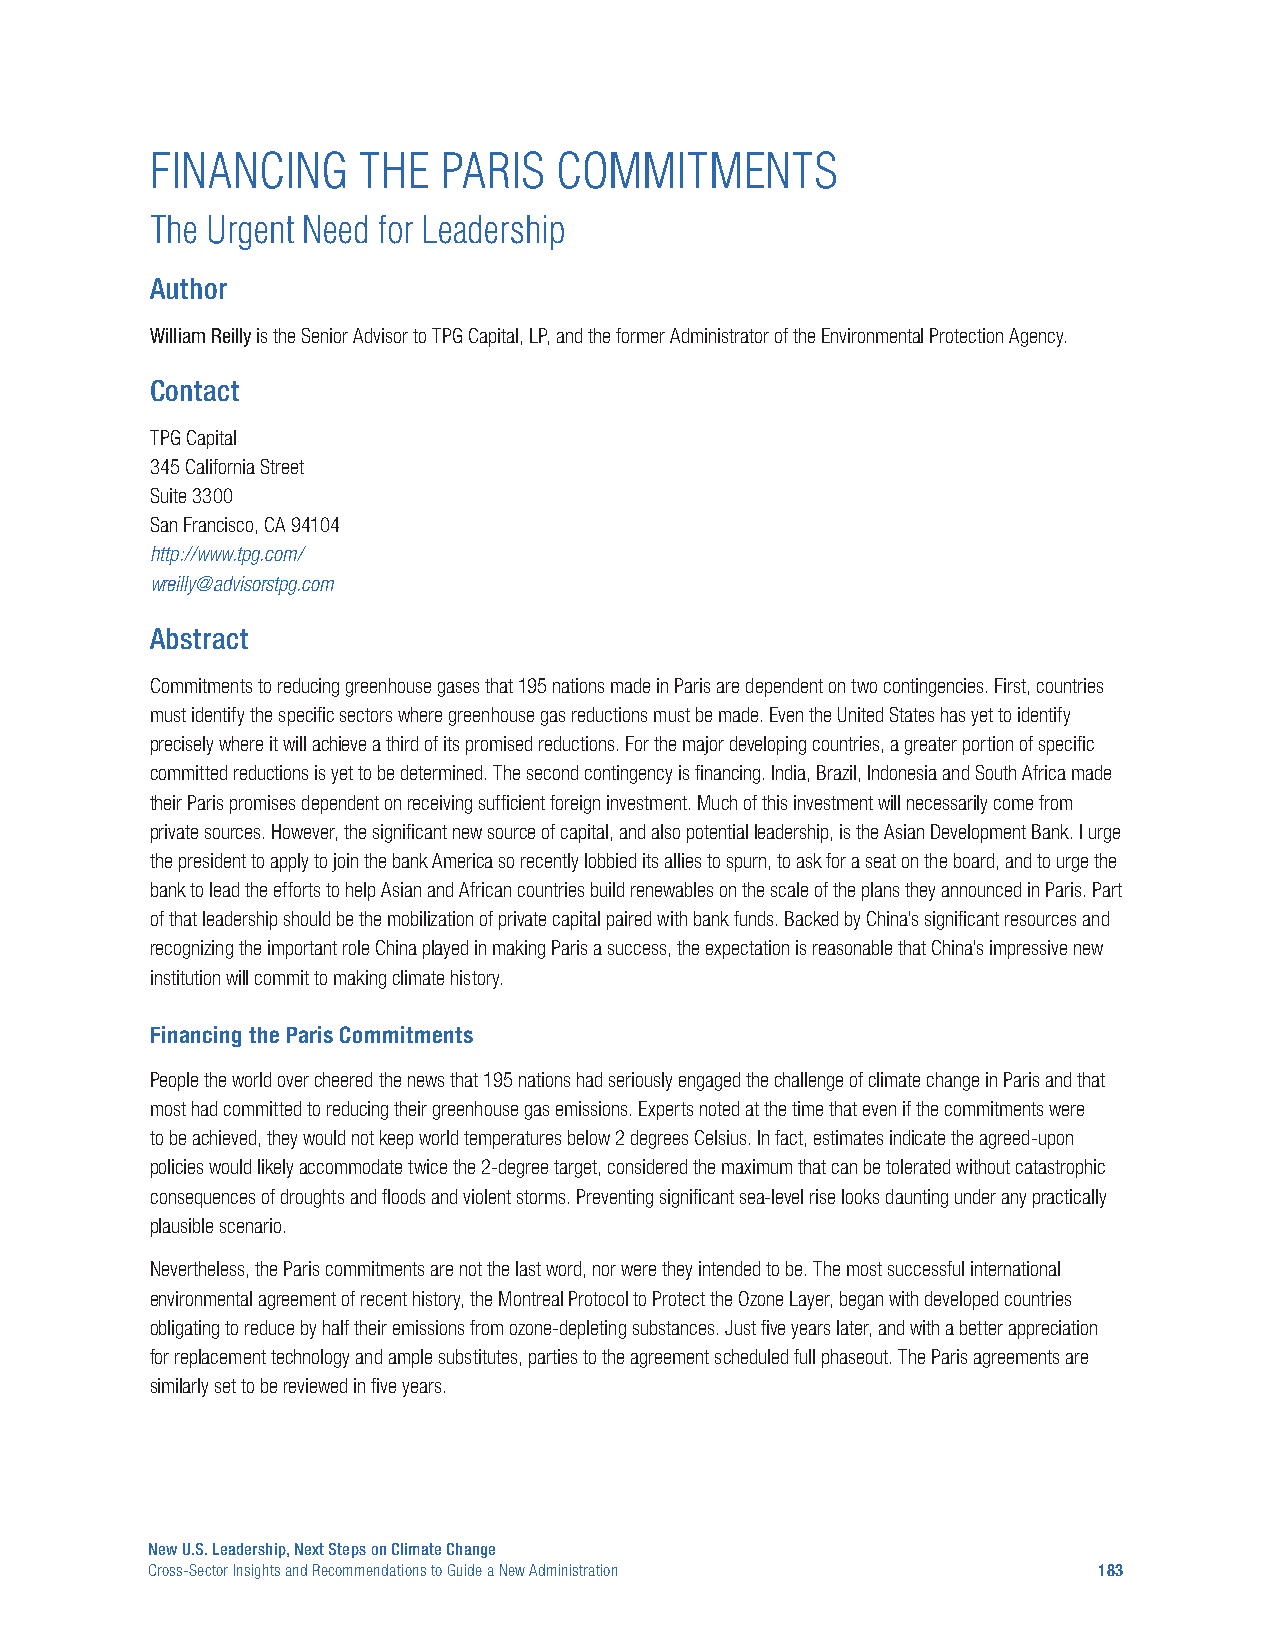
FINANCING     THE  PARIS   COMMITMENTS
 The Urgent Need for Leadership
 Author
 William Reilly is the Senior Advisor to TPG Capital, LP, and the former Administrator of the Environmental Protection Agency.
 Contact
 TPG Capital
 345 California Street
 Suite 3300
 San Francisco, CA 94104
 http://www.tpg.com/
 wreilly@advisorstpg.com
 Abstract
 Commitments to reducing greenhouse gases that 195 nations made in Paris are dependent on two contingencies. First, countries
 must identify the specific sectors where greenhouse gas reductions must be made. Even the United States has yet to identify
 precisely where it will achieve a third of its promised reductions. For the major developing countries, a greater portion of specific
 committed reductions is yet to be determined. The second contingency is financing. India, Brazil, Indonesia and South Africa made
 their Paris promises dependent on receiving sufficient foreign investment. Much of this investment will necessarily come from
 private sources. However, the significant new source of capital, and also potential leadership, is the Asian Development Bank. I urge
 the president to apply to join the bank America so recently lobbied its allies to spurn, to ask for a seat on the board, and to urge the
 bank to lead the efforts to help Asian and African countries build renewables on the scale of the plans they announced in Paris. Part
 of that leadership should be the mobilization of private capital paired with bank funds. Backed by China’s significant resources and
 recognizing the important role China played in making Paris a success, the expectation is reasonable that China’s impressive new
 institution will commit to making climate history.
 Financing the Paris Commitments
 People the world over cheered the news that 195 nations had seriously engaged the challenge of climate change in Paris and that
 most had committed to reducing their greenhouse gas emissions. Experts noted at the time that even if the commitments were
 to be achieved, they would not keep world temperatures below 2 degrees Celsius. In fact, estimates indicate the agreed-upon
 policies would likely accommodate twice the 2-degree target, considered the maximum that can be tolerated without catastrophic
 consequences of droughts and floods and violent storms. Preventing significant sea-level rise looks daunting under any practically
 plausible scenario.
 Nevertheless, the Paris commitments are not the last word, nor were they intended to be. The most successful international
 environmental agreement of recent history, the Montreal Protocol to Protect the Ozone Layer, began with developed countries
 obligating to reduce by half their emissions from ozone-depleting substances. Just five years later, and with a better appreciation
 for replacement technology and ample substitutes, parties to the agreement scheduled full phaseout. The Paris agreements are
 similarly set to be reviewed in five years.
 New U.S. Leadership, Next Steps on Climate Change
 Cross-Sector Insights and Recommendations to Guide a New Administration 183